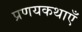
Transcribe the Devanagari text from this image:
प्रणयकथाएँ